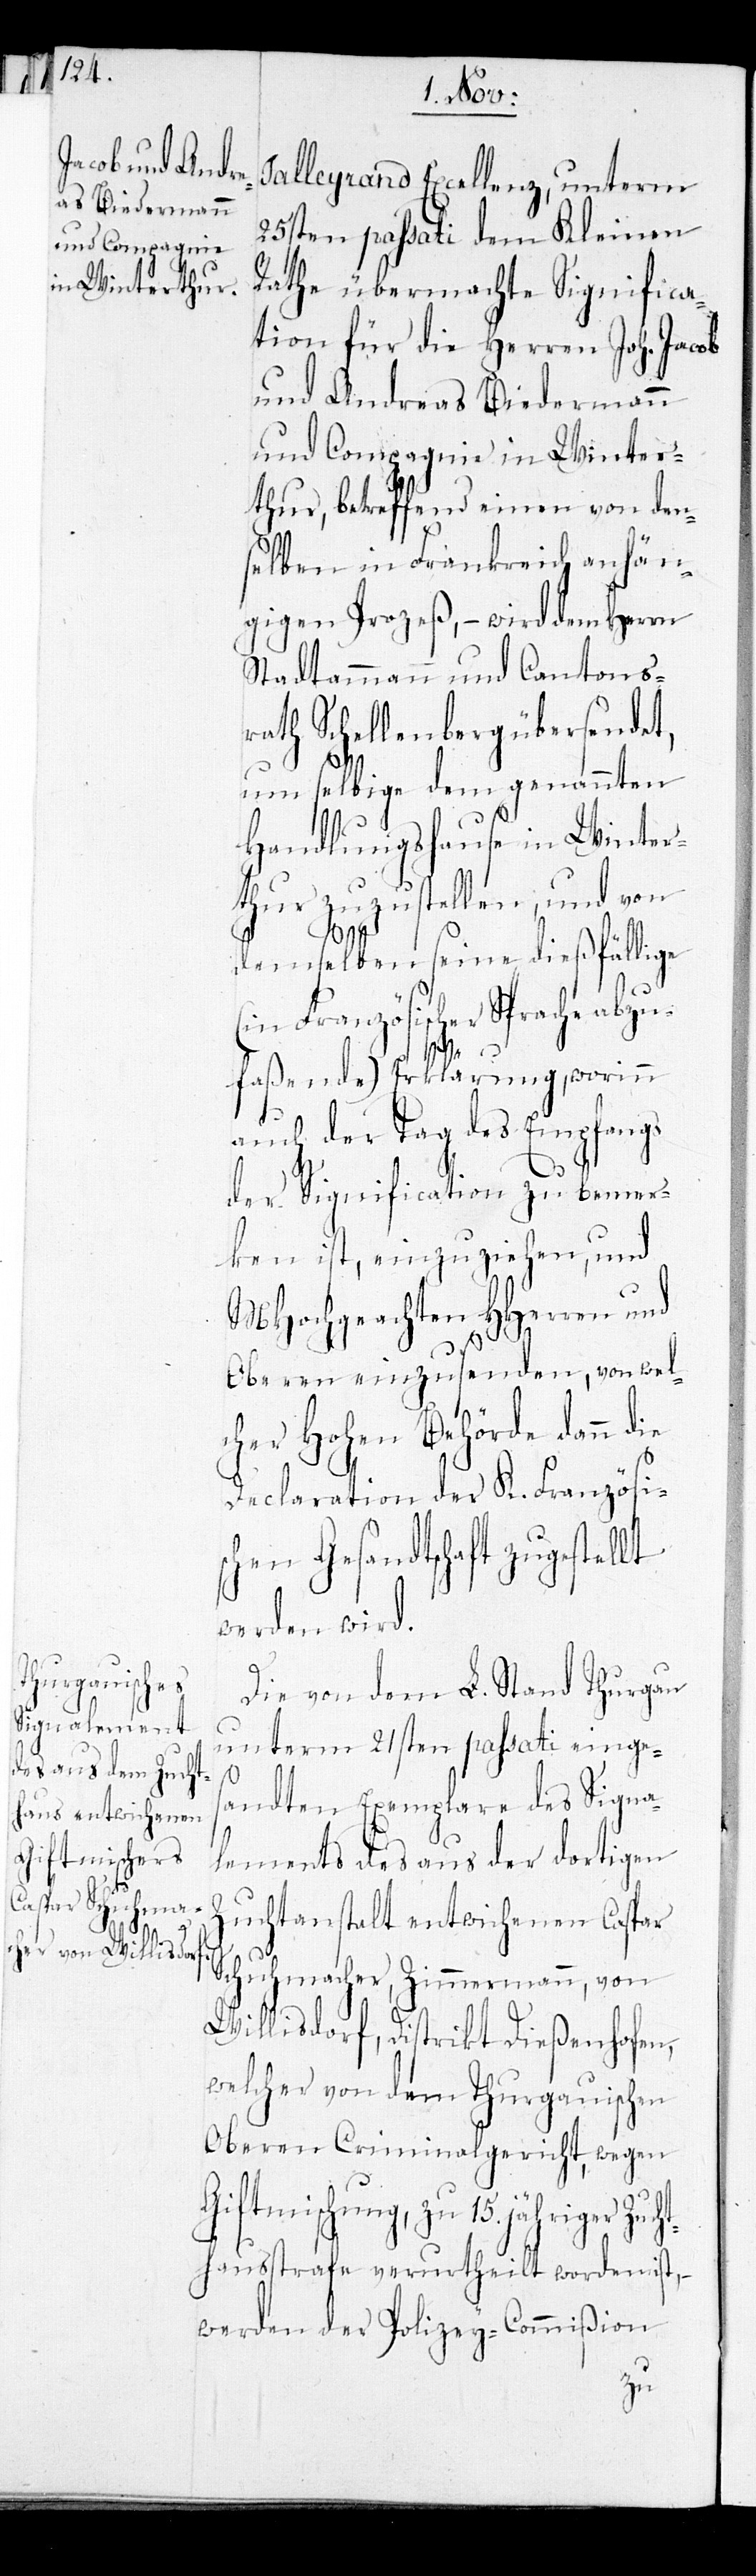
Talleyrand Eczellenz, unterm
25sten passati dem Kleinen
Rathe übermachte Significa¬
tion für die Herren Joh. Jacob
und Andreas Biedermann
und Compagnie in Winter¬
thur, betreffend einen von den¬
selben in Frankreich anhör¬
igen Prozeß, – wird dem Herrn
Stadtammann und Cantons¬
rath Schellenberg übersendet,
um selbige dem genannten
Handlungshause in Winter¬
thur zuzustellen, und von
demselben seine dießfällige
(in Französischer Sprache abzu¬
lt
faßende) Erklärung, worinn
auch der Tag des Empfangs
der Signification zu bemer¬
ken ist, einzuziehen, und
MHochgeachten HHerren und
Oberen einzusenden, von wel¬
cher Hohen Behörde dann die
Declaration der K. Französis¬
chen Gesandtschaft zugestel¬
werden wird.
Die von dem L. Stand Thurgau
unterm 21sten passati einges¬
andten Exemplare des Signa¬
lements des aus der dortigen
Zuchtanstalt entwichenen Caspar
Schuhmacher, Zimmermann, von
Willisdorf, Distrikt Dießenhofen,
welcher von dem Thurgauischen
Oberen Criminalgericht, wegen
Giftmischung, zu 15. jähriger Zucht¬
hausstrafe verurtheilt worden ist, –
werden der Polizey-Commißion